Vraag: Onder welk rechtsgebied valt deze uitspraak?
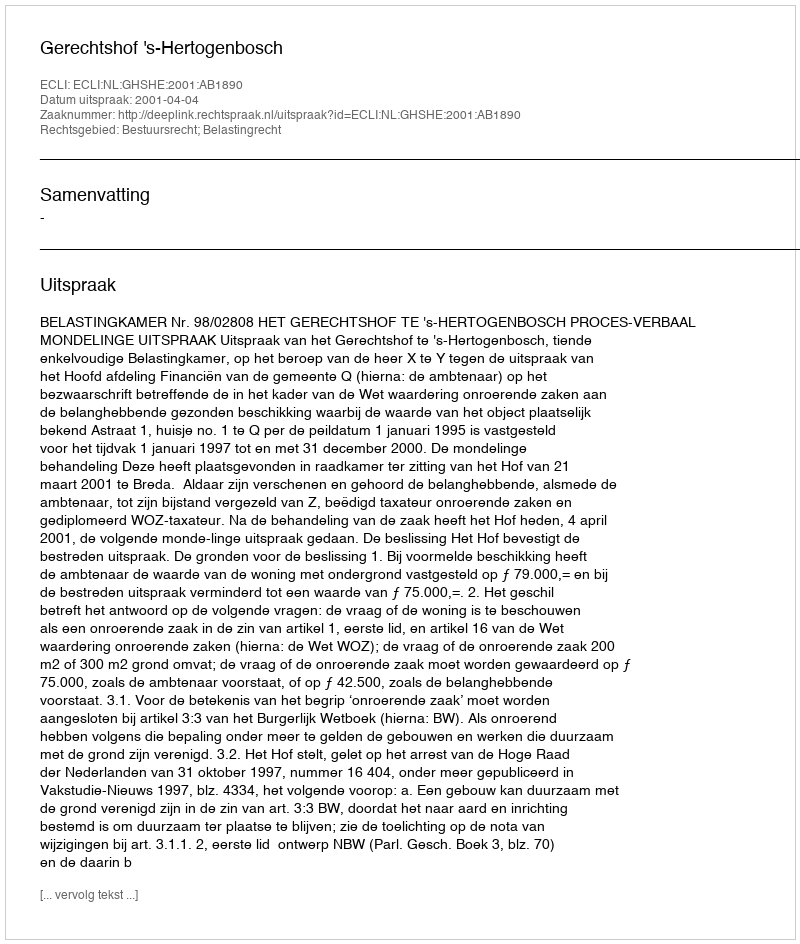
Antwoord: Bestuursrecht; Belastingrecht